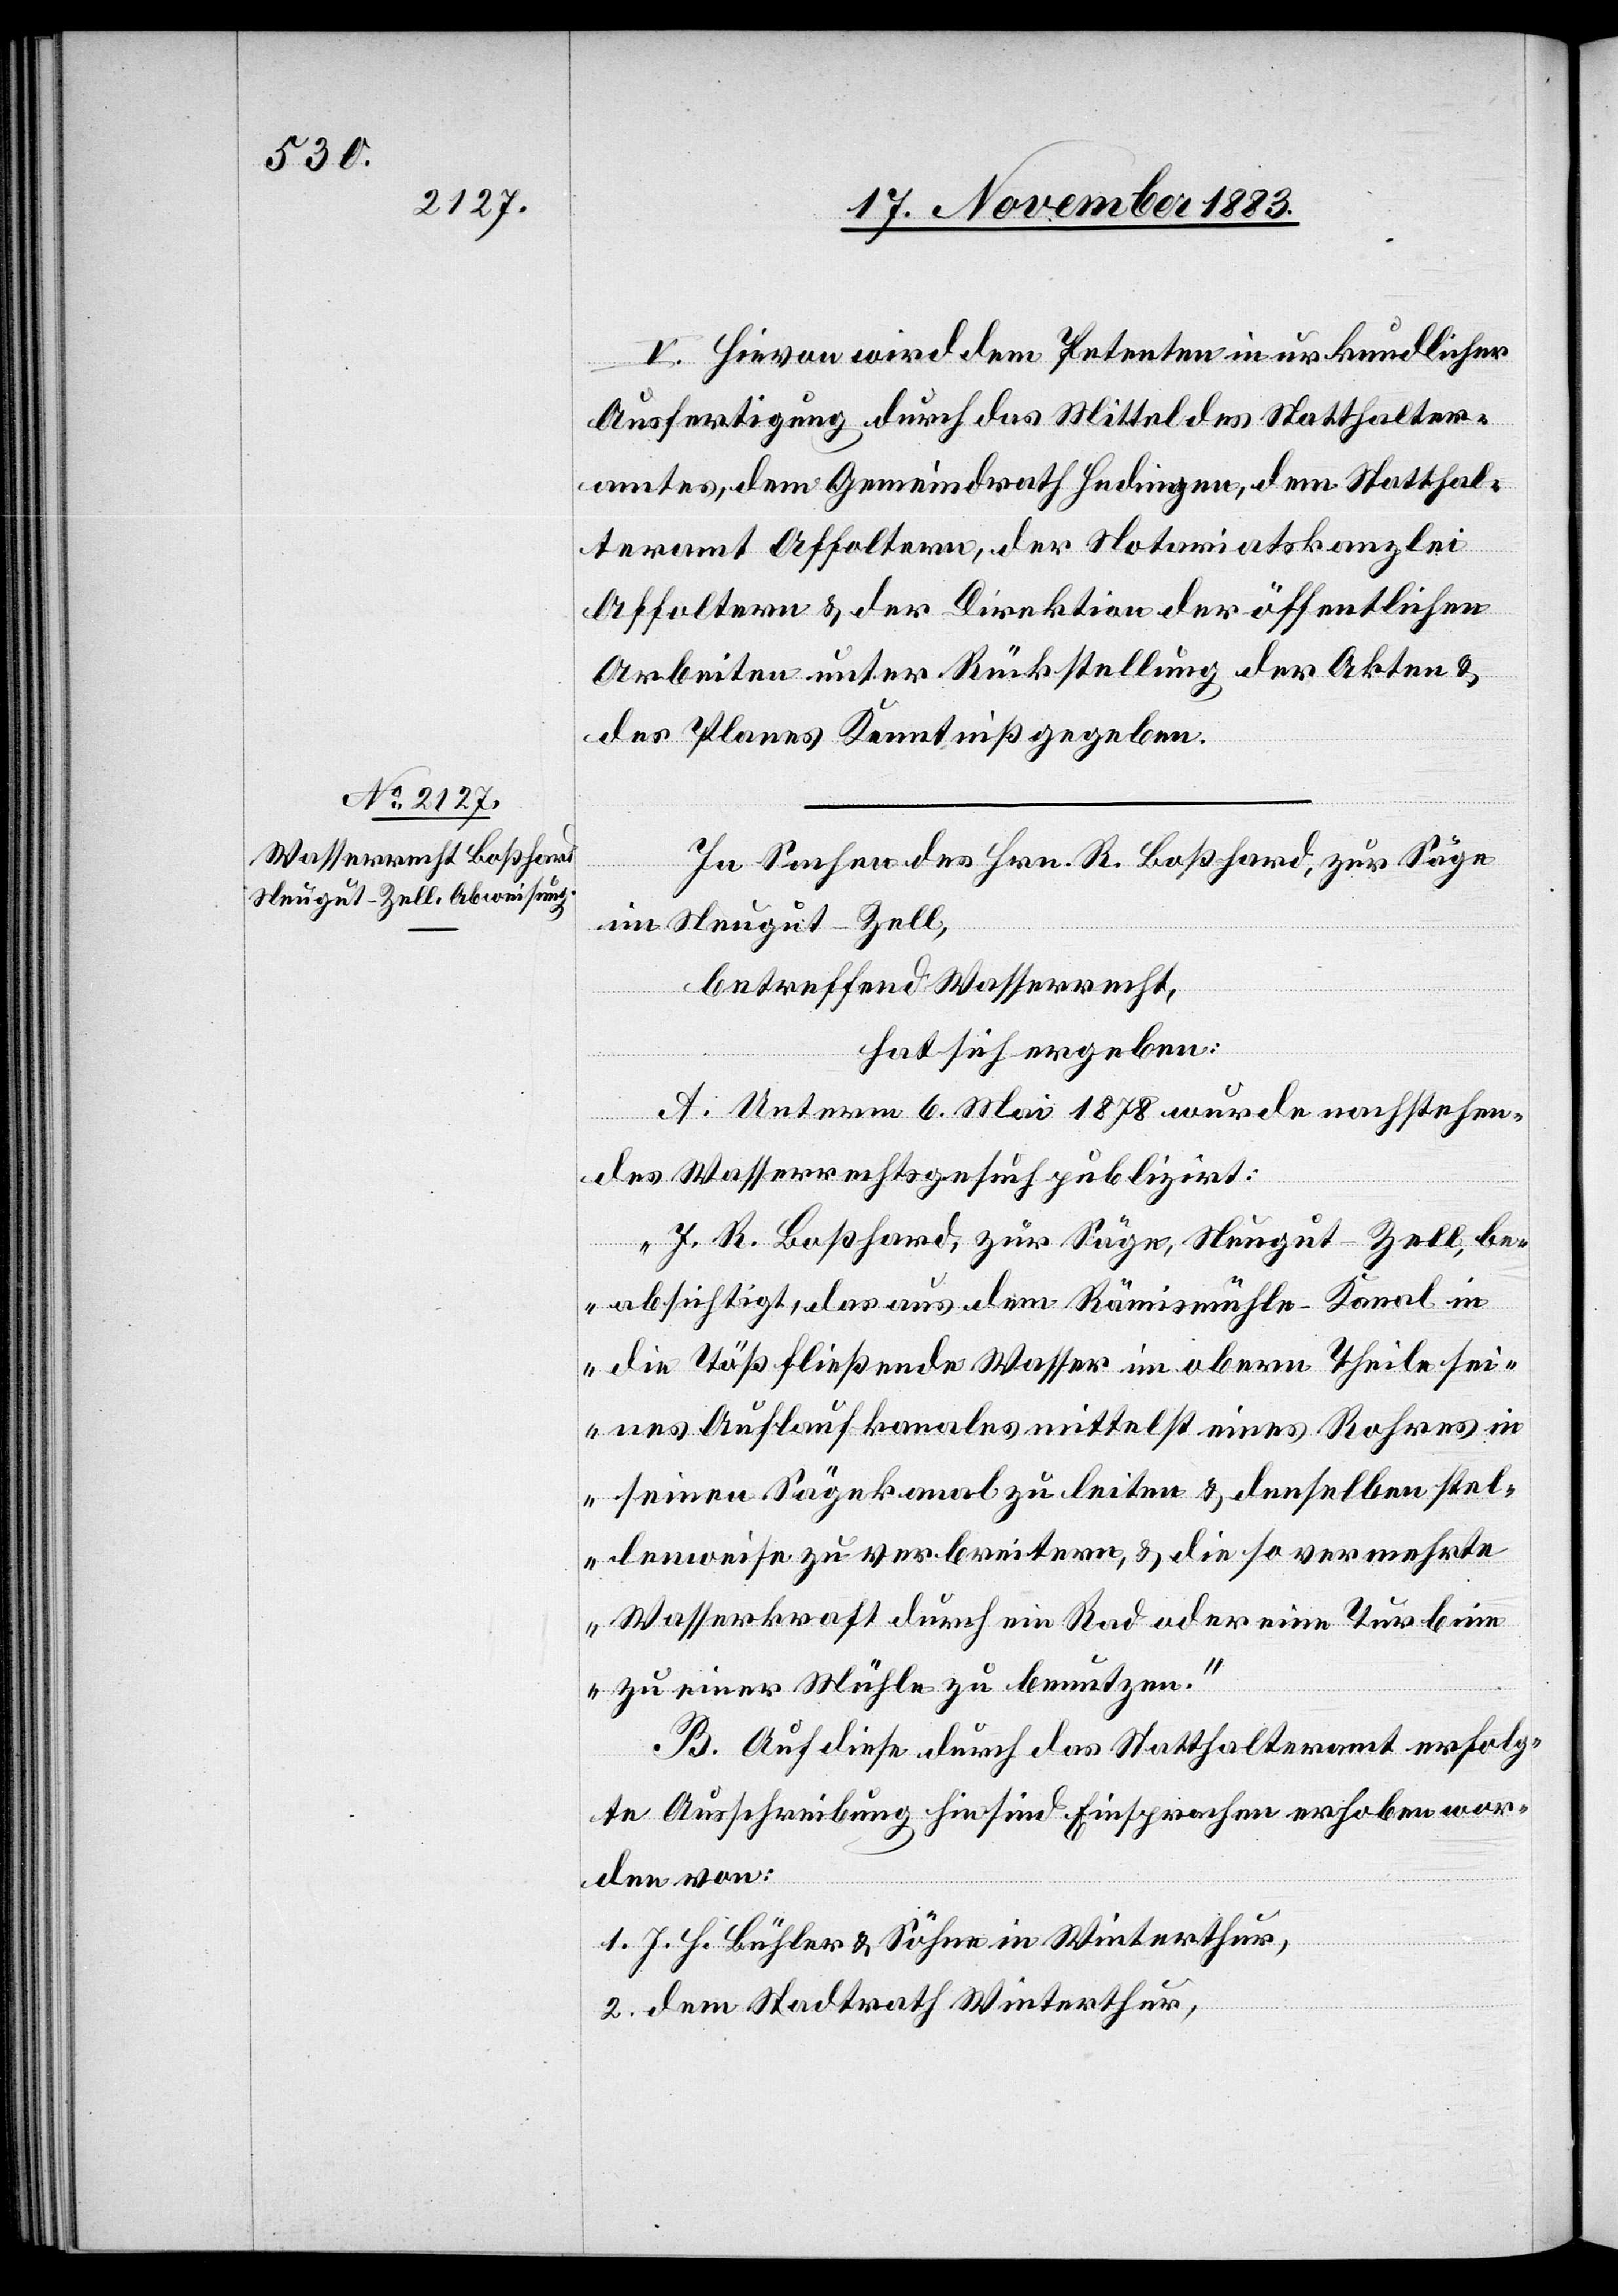
V. Hievon wird dem Petenten in urkundlicher
Ausfertigung durch das Mittel des Statthalter¬
amtes dem Gemeindrath Hedingen, dem Statthal¬
Affoltern & der Direktion der öffentlichen
Arbeiten unter Rückstellung der Akten &
des Planes Kenntniß gegeben.
In Sachen des Hrn. R. Boßhard, zur Säge
teramt
im Neugut - Zell,
betreffend Wasserrecht,
hat sich ergeben:
A. Unterm 6. Mai 1878 wurde nachstehen¬
des Wasserrechtsgesuch publizirt:
„J. R. Boßhard, zur Säge, Neugut - Zell, be¬
absichtigt, das aus dem Rämismühle-Kanal in
die Töß fließende Wasser im obern Theile sei¬
nes Auflaufkanals mittelst eines Rohres in
seinen Sägekanal zu leiten & denselben stel¬
lenweise zu verbreitern, & die so vermehrte
Wasserkraft durch ein Rad oder eine Turbin¬
e zu einer Mühle zu benutzen.“
B. Auf diese durch das Statthalteramt erfolg¬
te Ausschreibung hin sind. Einsprachen erhoben wor¬
den von:
1. J. H. Bühler & Söhne in Winterthur,
2. dem Stadtrath Winterthur,